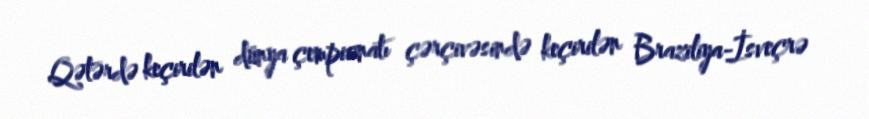
Qətərdə keçirilən dünya çempionatı çərçivəsində keçirilən Braziliya-İsveçrə